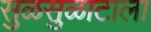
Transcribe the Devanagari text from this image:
सुळसुळाटाला